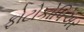
ફોટોકોપિઅર